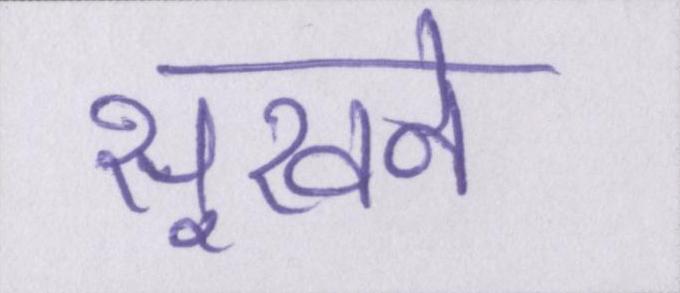
सूखने